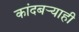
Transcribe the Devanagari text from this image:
कांदबऱ्याही